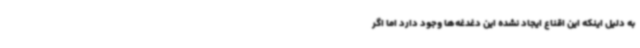
به دلیل اینکه این اقناع ایجاد نشده این دغدغه‌ها وجود دارد اما اگر